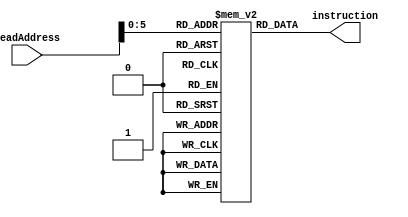
`timescale 1ns / 1ps
//////////////////////////////////////////////////////////////////////////////////
// Company: 
// Engineer: 
// 
// Design Name: 
// Module Name: memory
// Project Name: 
// Target Devices: 
// Tool Versions: 
// Description: 
// 
// Dependencies: 
// 
// Revision:
// Revision 0.01 - File Created
// Additional Comments:
// 
//////////////////////////////////////////////////////////////////////////////////


module instructionMemory #(parameter propDelay=2)(
    input [31:0] ReadAddress,
    output reg [31:0] instruction
    );
    
    
    reg [31:0] mem [0:40];
    
    initial
    begin
        mem[0] = 'b001000_00000_01000_0000_0000_0000_0101; //addi $t0,$zero,5
        mem[4] = 'b001000_00000_01001_0000_0000_0000_0110; //addi $t1,$zero,6
        //mem[8] = 'b000000_01000_01001_01010_00000_100000;  //add $t2,$t0,$t1
        mem[8] = 'b000000_00000_00000_0000_0000_0000_0000; //nop
        mem[12] = 'b000000_00000_00000_0000_0000_0000_0000; //nop
        mem[16] = 'b000000_00000_00000_0000_0000_0000_0000; //nop
        mem[20] = 'b000000_01000_01001_01010_00000_100000;  //add $t2,$t0,$t1
        mem[24] = 'b000000_00000_00000_0000_0000_0000_0000; //nop
        mem[28] = 'b000000_00000_00000_0000_0000_0000_0000; //nop
        mem[32] = 'b000000_00000_00000_0000_0000_0000_0000; //nop
        mem[36] = 'b101011_00000_01010_0000_0000_0000_0100; //sw $t2,4($zero)
    end
    
    always @(*)
    begin
        #propDelay instruction = mem[ReadAddress];
    end
    
    
endmodule